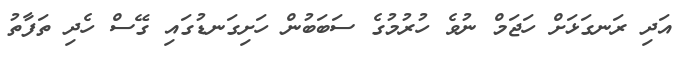
އަދި ރަނގަޅަށް ހަޖަމް ނުވެ ހުރުމުގެ ސަބަބުން ހަށިގަނޑުގައި ގޭސް ހެދި ތަފާތު